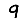
Digit: 9